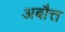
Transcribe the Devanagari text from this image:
अबौत्त